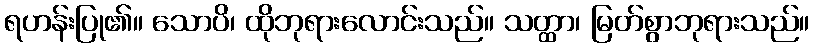
ရဟန်းပြု၏။ သောပိ၊ ထိုဘုရားလောင်းသည်။ သတ္ထာ၊ မြတ်စွာဘုရားသည်။